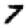
Digit: 7